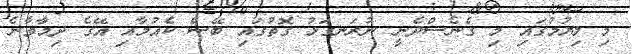
މި ލިޔުމުގައި މި ގެނެސްދެނީ ނުރަނގަޅު ގޮތުގައި ބޭސް ކެއުމާއި އޭގެ ދިމާވާނެ